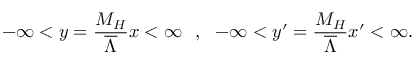
- \infty < y = { \frac { M _ { H } } { \overline { { { \Lambda } } } } } x < \infty ~ ~ , ~ ~ - \infty < y ^ { \prime } = { \frac { M _ { H } } { \overline { { { \Lambda } } } } } x ^ { \prime } < \infty .